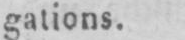
gations.